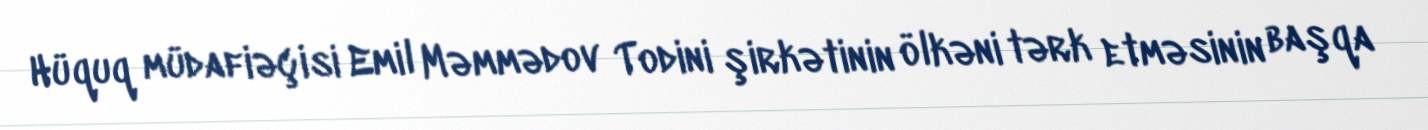
Hüquq müdafiəçisi Emil Məmmədov Todini şirkətinin ölkəni tərk etməsinin başqa